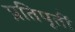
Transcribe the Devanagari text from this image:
प्रतिपूर्ती